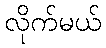
လိုက်မယ်